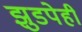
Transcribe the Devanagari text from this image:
झुडपेही